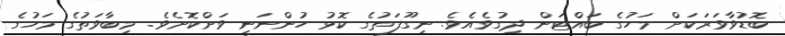
ބޮޑުވާވަރަކަށް މަހުގެ ބައްޓަން ދިގުވެއެވެ. ނިގޫފަތުގެ ކޮޅު ހުންނަނީ ވަށްކޮށެވެ. މިބާވަތުގެ މަހުގެ